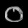
Digit: ၀